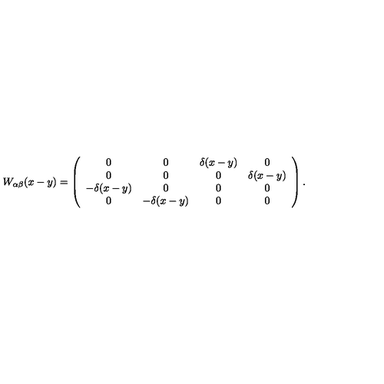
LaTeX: W _ { \alpha \beta } ( x - y ) = \left( \begin{array} { c c c c } { 0 } & { 0 } & { \delta ( x - y ) } & { 0 } \\ { 0 } & { 0 } & { 0 } & { \delta ( x - y ) } \\ { - \delta ( x - y ) } & { 0 } & { 0 } & { 0 } \\ { 0 } & { - \delta ( x - y ) } & { 0 } & { 0 } \\ \end{array} \right) .